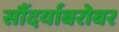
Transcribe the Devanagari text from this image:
सौंदर्याबरोबर